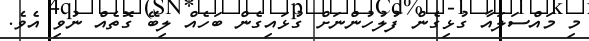
މި މައްސަލައާ ގުޅިގެން ފުލުހުންނަށް ގުޅައިގެން ބަހެއް ލިބޭ ގޮތެއް ނުވި އެވެ.